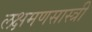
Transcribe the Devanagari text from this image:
लक्षमणसास्त्री